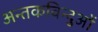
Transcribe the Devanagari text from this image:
अन्तकविन्दुओं